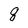
Character: q